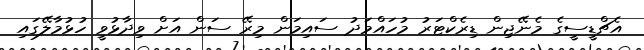
އެޗްޑީސީގެ މެނޭޖިން ޑިރެކްޓަރު މުހައްމަދު ސައިމަން މިރޭ ސަން އަށް ވިދާޅުވީ ހުޅުމާލޭގައި